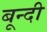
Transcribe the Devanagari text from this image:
बून्‍दी